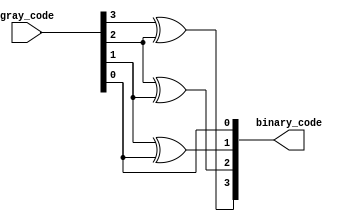
module gray_decoder(input [3:0] gray_code,
                    output reg [3:0] binary_code);

always @ (*) begin
    binary_code[3] = gray_code[3] ^ gray_code[2];
    binary_code[2] = gray_code[2] ^ gray_code[1];
    binary_code[1] = gray_code[1] ^ gray_code[0];
    binary_code[0] = gray_code[0];
end

endmodule